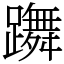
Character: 躌